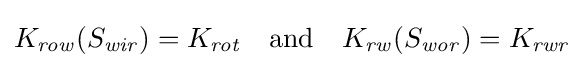
{\begin{aligned}K_{\mathit {row}}(S_{\mathit {wir}})=K_{\mathit {rot}}&&{\text{and}}&&K_{\mathit {rw}}(S_{\mathit {wor}})=K_{\mathit {rwr}}\end{aligned}}